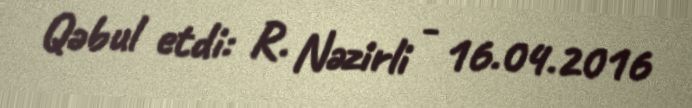
Qəbul etdi: R. Nəzirli - 16.04.2016